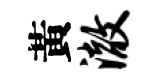
黃澈